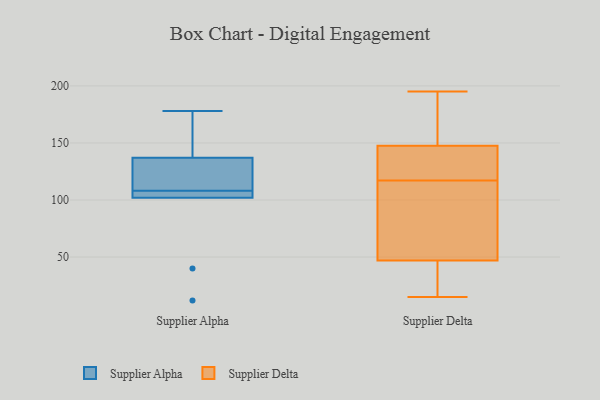
{"axis": {"x": "Operating Costs (USD K)", "y": "Value"}, "legend": ["Supplier Alpha", "Supplier Delta"], "data": [{"x": "", "y": 12, "type": "Supplier Alpha"}, {"x": "", "y": 105, "type": "Supplier Alpha"}, {"x": "", "y": 103, "type": "Supplier Alpha"}, {"x": "", "y": 152, "type": "Supplier Alpha"}, {"x": "", "y": 111, "type": "Supplier Alpha"}, {"x": "", "y": 118, "type": "Supplier Alpha"}, {"x": "", "y": 102, "type": "Supplier Alpha"}, {"x": "", "y": 40, "type": "Supplier Alpha"}, {"x": "", "y": 137, "type": "Supplier Alpha"}, {"x": "", "y": 178, "type": "Supplier Alpha"}, {"x": "", "y": 135, "type": "Supplier Delta"}, {"x": "", "y": 134, "type": "Supplier Delta"}, {"x": "", "y": 179, "type": "Supplier Delta"}, {"x": "", "y": 50, "type": "Supplier Delta"}, {"x": "", "y": 90, "type": "Supplier Delta"}, {"x": "", "y": 15, "type": "Supplier Delta"}, {"x": "", "y": 26, "type": "Supplier Delta"}, {"x": "", "y": 195, "type": "Supplier Delta"}, {"x": "", "y": 124, "type": "Supplier Delta"}, {"x": "", "y": 172, "type": "Supplier Delta"}, {"x": "", "y": 110, "type": "Supplier Delta"}, {"x": "", "y": 36, "type": "Supplier Delta"}, {"x": "", "y": 44, "type": "Supplier Delta"}, {"x": "", "y": 62, "type": "Supplier Delta"}, {"x": "", "y": 150, "type": "Supplier Delta"}, {"x": "", "y": 145, "type": "Supplier Delta"}]}